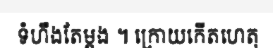
ទំហឹងតែម្តង ។ ក្រោយកើតហេតុ